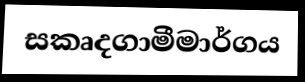
සකෘදගාමීමාර්ගය